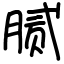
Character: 腻